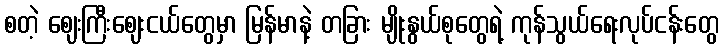
စတဲ့ ဈေးကြီးဈေးငယ်တွေမှာ မြန်မာနဲ့ တခြား မျိုးနွယ်စုတွေရဲ့ ကုန်သွယ်ရေးလုပ်ငန်းတွေ